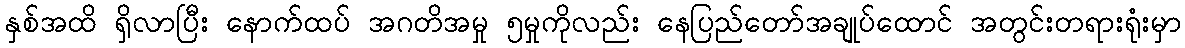
နှစ်အထိ ရှိလာပြီး နောက်ထပ် အဂတိအမှု ၅မှုကိုလည်း နေပြည်တော်အချုပ်ထောင် အတွင်းတရားရုံးမှာ